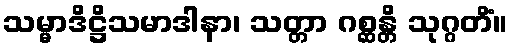
သမ္မာဒိဋ္ဌိသမာဒါနာ၊ သတ္တာ ဂစ္ဆန္တိ သုဂ္ဂတိံ။